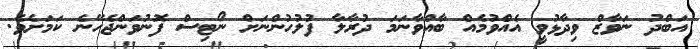
އަބްދު ނަވާޒް ވިދާޅުވީ އެއްވުމެއް ބާއްވާނަމަ ދުރާލާ ފުލުހުންނަށް ނޯޓިސް ފޮނުވަންޖެހޭނެ ކަމަށެވެ.